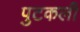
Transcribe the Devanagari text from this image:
पुटकली